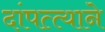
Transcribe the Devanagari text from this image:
दांपत्त्याने